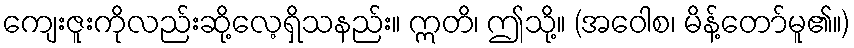
ကျေးဇူးကိုလည်းဆို့လေ့ရှိသနည်း။ ဣတိ၊ ဤသို့။ (အဝေါစ၊ မိန့်တော်မူ၏။)